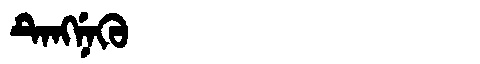
Manchu: ᡨᡝᠩᠨᡝᡴᡠ
Romanization: TENGNEKU